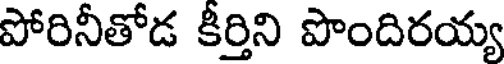
పోరినీతోడ కీర్తిని పొందిరయ్య